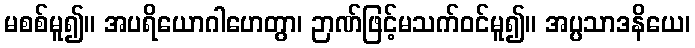
မစစ်မူ၍။ အပရိယောဂါဟေတွာ၊ ဉာဏ်ဖြင့်မသက်ဝင်မူ၍။ အပ္ပသာဒနိယေ၊